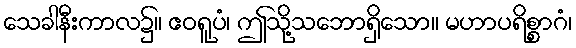
သေခါနီးကာလ၌။ ဧဝရူပံ၊ ဤသို့သဘောရှိသော။ မဟာပရိစ္စာဂံ၊